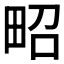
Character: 𤱠